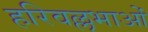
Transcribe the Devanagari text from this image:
हरिवल्लभाओं